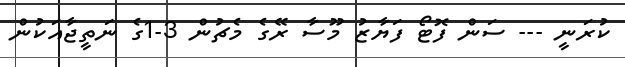
ކުރަނީ --- ސަން ފޮޓޯ ފަޔާޒު މޫސާ ރޭގެ މެޗުން 3-1ގެ ނަތީޖާއަކުން